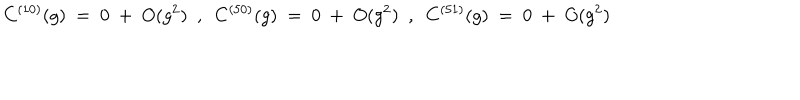
C ^ { ( 1 0 ) } ( g ) ~ = ~ 0 ~ + ~ O ( g ^ { 2 } ) ~ ~ , ~ ~ C ^ { ( 5 0 ) } ( g ) ~ = ~ 0 ~ + ~ O ( g ^ { 2 } ) ~ ~ , ~ ~ C ^ { ( 5 1 ) } ( g ) ~ = ~ 0 ~ + ~ O ( g ^ { 2 } )